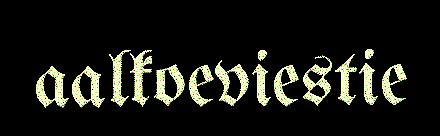
aalkoeviestie